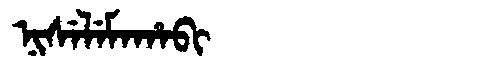
Manchu: ᠨᡳᠰᡝᠯᡝᠮᠠᡥᠠᠪᡳ
Romanization: NISELEMAHABI